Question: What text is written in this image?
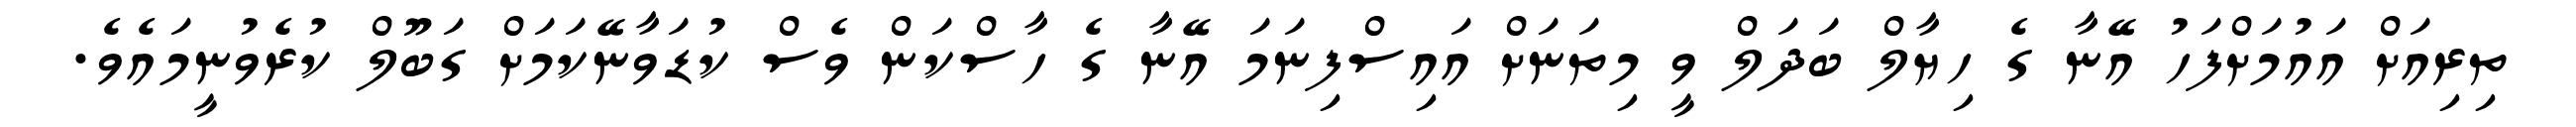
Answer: ތިރިއަށް އައުމަށްފަހު އޭނާ ގެ ހިޔާލް ބަދަލް ވީ މިތަނަށް އައިސްފިނަމަ އޭނާ ގެ ހާސްކަން ވެސް ކުޑަވާނޭކަމަށް ގަބޫލް ކުރެވުނީމައެވެ.